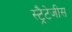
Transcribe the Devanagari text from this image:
स्ट्रैटेजीस